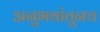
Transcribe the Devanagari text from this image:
अनुभवांतूनच